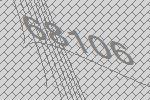
68106